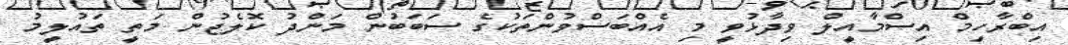
އިބްރާހިމް އިސްމާއީލް ވިދާޅުވީ މި އެއްބަސްވުންތަކުގެ ސަބަބުން މަންދު ކޮލެޖުން މަތީ ތައުލީމު